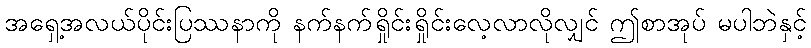
အရှေ့အလယ်ပိုင်းပြဿနာကို နက်နက်ရှိုင်းရှိုင်းလေ့လာလိုလျှင် ဤစာအုပ် မပါဘဲနှင့်